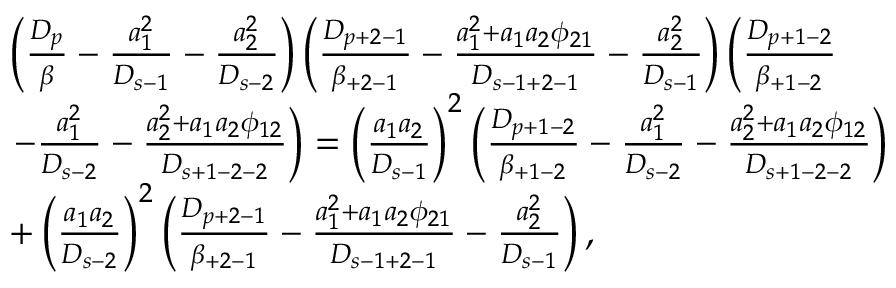
\begin{array} { r l } & { \left( \frac { D _ { p } } { \beta } - \frac { a _ { 1 } ^ { 2 } } { D _ { s - 1 } } - \frac { a _ { 2 } ^ { 2 } } { D _ { s - 2 } } \right) \left( \frac { D _ { p + 2 - 1 } } { \beta _ { + 2 - 1 } } - \frac { a _ { 1 } ^ { 2 } + a _ { 1 } a _ { 2 } \phi _ { 2 1 } } { D _ { s - 1 + 2 - 1 } } - \frac { a _ { 2 } ^ { 2 } } { D _ { s - 1 } } \right) \left( \frac { D _ { p + 1 - 2 } } { \beta _ { + 1 - 2 } } \right. } \\ & { \left. - \frac { a _ { 1 } ^ { 2 } } { D _ { s - 2 } } - \frac { a _ { 2 } ^ { 2 } + a _ { 1 } a _ { 2 } \phi _ { 1 2 } } { D _ { s + 1 - 2 - 2 } } \right) = \left( \frac { a _ { 1 } a _ { 2 } } { D _ { s - 1 } } \right) ^ { 2 } \left( \frac { D _ { p + 1 - 2 } } { \beta _ { + 1 - 2 } } - \frac { a _ { 1 } ^ { 2 } } { D _ { s - 2 } } - \frac { a _ { 2 } ^ { 2 } + a _ { 1 } a _ { 2 } \phi _ { 1 2 } } { D _ { s + 1 - 2 - 2 } } \right) } \\ & { + \left( \frac { a _ { 1 } a _ { 2 } } { D _ { s - 2 } } \right) ^ { 2 } \left( \frac { D _ { p + 2 - 1 } } { \beta _ { + 2 - 1 } } - \frac { a _ { 1 } ^ { 2 } + a _ { 1 } a _ { 2 } \phi _ { 2 1 } } { D _ { s - 1 + 2 - 1 } } - \frac { a _ { 2 } ^ { 2 } } { D _ { s - 1 } } \right) , } \end{array}